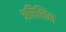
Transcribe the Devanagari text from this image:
अरिशिल